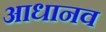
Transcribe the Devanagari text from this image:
आधानव